Maali_päevik, lk 378
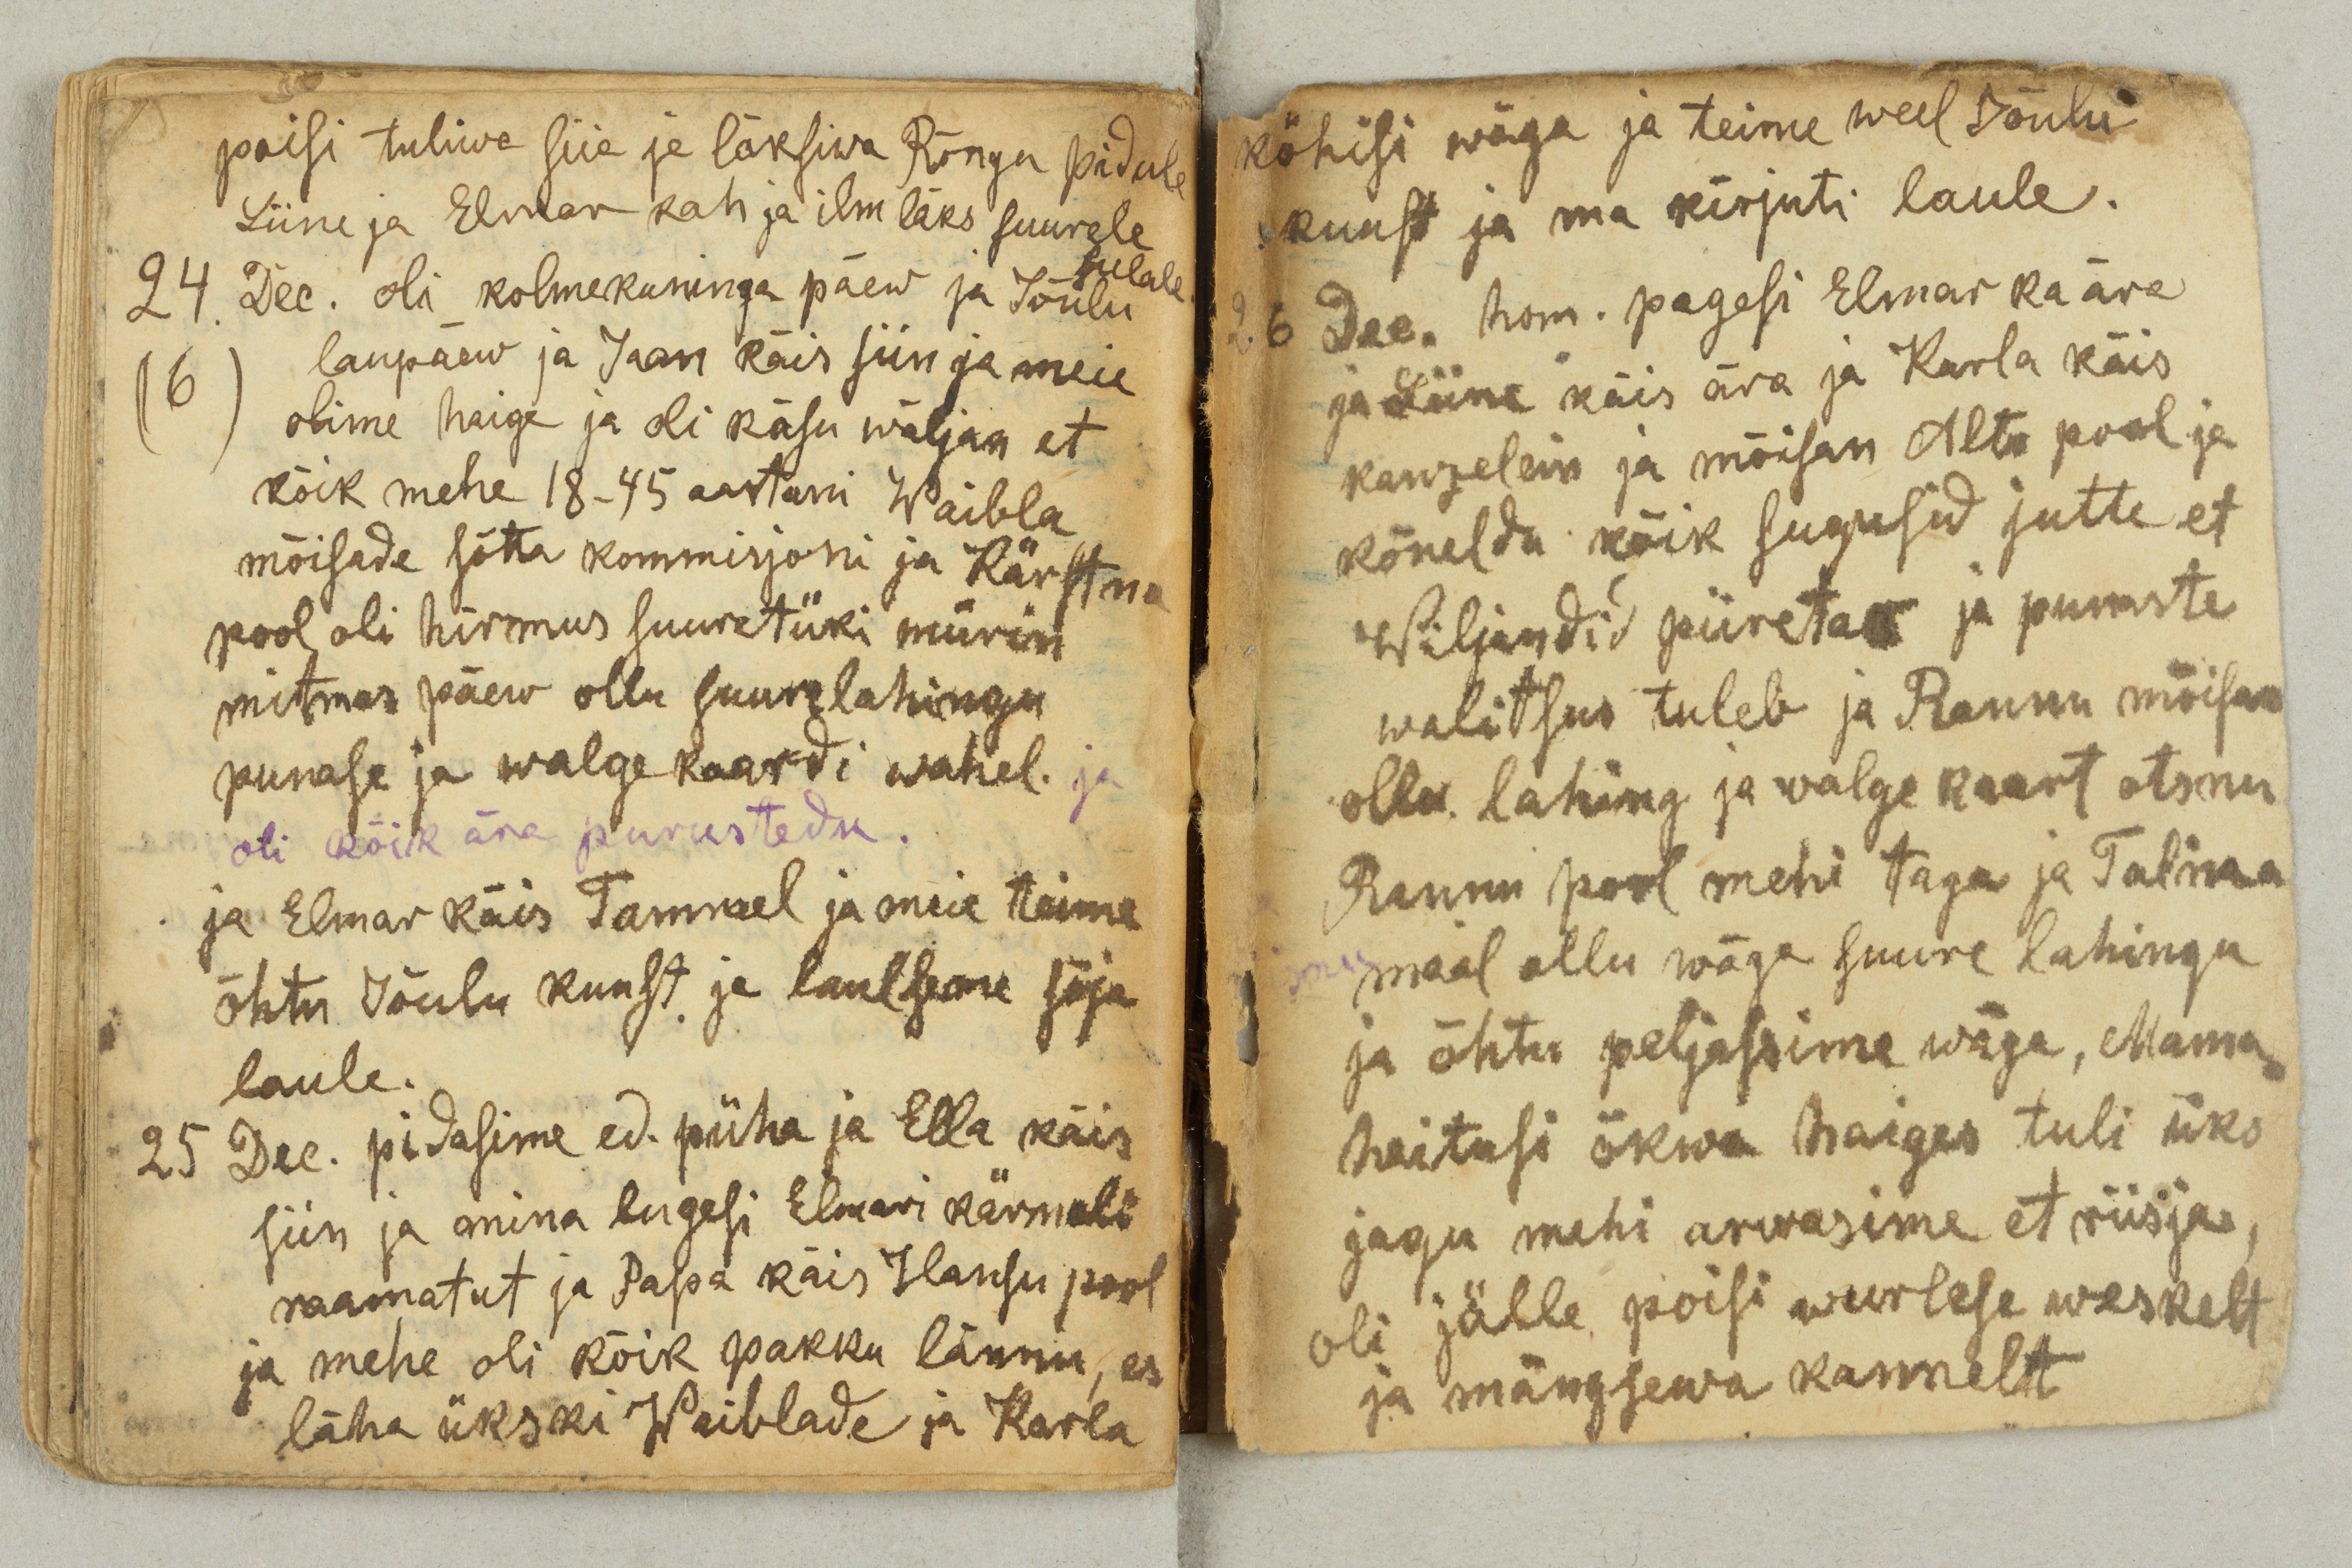
poisi tuliwa siia ja läksiwa Rõngu pidule
Liine ja Elmar kah ja ilm läks suurele
sulale
24 Dec. oli kolmekuninga päew ja Jõulu
16
laupäew ja Jaan käis siin ja meie
olime haige ja oli käsu wäljan et
kõik mehe 18-45 aastani Waibla
mõisade sõtta kommisjoni ja Kärstna
pool oli hirmus suuretüki mürin
mitmes päew ollu suure lahingu
punase ja walge kaardi wahel. ja
oli kõik ära purustedu.
ja Elmar käis Tammel ja meie teime
õhtu Jõulu kuust ja laulseme sõja
laule.
25 Dec. pidasime ed. püha ja Ella käis
siin ja mina lugesi Elmari kärmeli
raamatut ja Papa käis Hansu pool
ja mehe oli kõik pakku lännu, es
läha ükski Waiblade ja Karla

köhisi wäga ja teime weel Jõulu
kuust ja ma kirjuti laule.
26 Dec. hom. pagesi Elmar ka ära
ja Liine käis ära ja Karla käis
kanzelein ja mõisan Alto pool ja
kõneldu kõik sugusid jutte et
Wiljandid piiretav ja punaste
walitsus tuleb ja Rannu mõisas
ollu lahing ja walge kaart otsnu
Rannu pool mehi taga ja Talina
maal ollu wäga suure lahingu
ja õhtu peljassime wäga, Mama
heitusi õkwa haiges tuli üks
jagu mehi arwasime et riisja,
oli jälle poisi wurlese weskelt
ja mängsewa kannelt